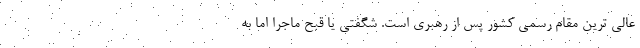
عالی ترین مقام رسمی کشور پس از رهبری است. شگفتی یا قبح ماجرا اما به